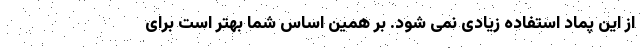
از این پماد استفاده زیادی نمی شود. بر همین اساس شما بهتر است برای